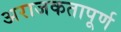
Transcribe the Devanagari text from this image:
अराजकतापूर्ण